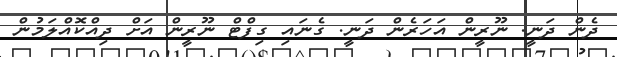
ދެން ދަނީ. ނޫރީން އަހަރެން ދަނީ. ގެނައި ގިފްޓް ނޫރީން އަށް ދިއްކޮއްލަމުން